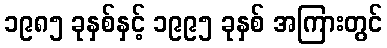
၁၉၈၅ ခုနှစ်နှင့် ၁၉၉၅ ခုနှစ် အကြားတွင်